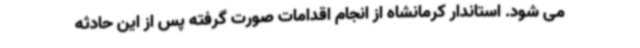
می شود. استاندار کرمانشاه از انجام اقدامات صورت گرفته پس از این حادثه